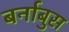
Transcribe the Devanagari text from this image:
बर्नाबुस